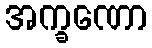
အက္ခဏော